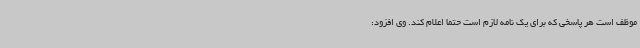
موظف است هر پاسخی که برای یک نامه لازم است حتما اعلام کند. وی افزود: